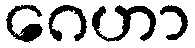
ဂေဟာ